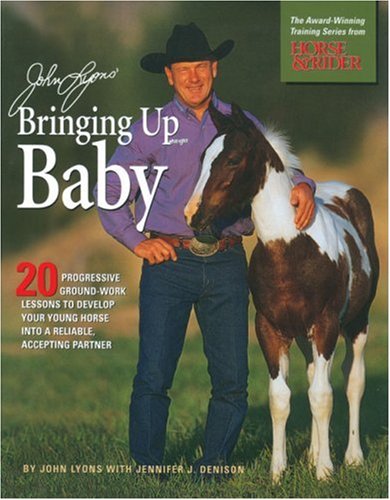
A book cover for John Lyons' Bringing Up Baby: 20 Progressive Ground-Work Lessons in Developing Your Young Horse into a Reliable, Accepting Partner; John Lyons; Sports & Outdoors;